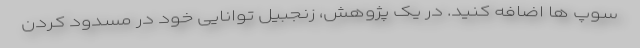
سوپ ها اضافه کنید. در یک پژوهش، زنجبیل توانایی خود در مسدود کردن